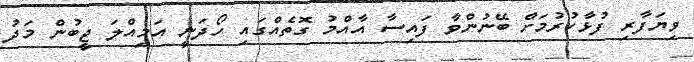
ވިޔަފާރި ފުޅާކުރުމަށް ބޭނުންވާ ފައިސާ އާއްމު ގޮތެއްގައި ހޯދަނީ އަމިއްލަ ޖީބުން މަދު